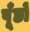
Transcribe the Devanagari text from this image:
पूँछो